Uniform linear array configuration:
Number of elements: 16
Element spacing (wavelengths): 0.5
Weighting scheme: exponential
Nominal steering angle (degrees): -15
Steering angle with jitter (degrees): -14.442
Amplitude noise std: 0.05
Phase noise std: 0.05

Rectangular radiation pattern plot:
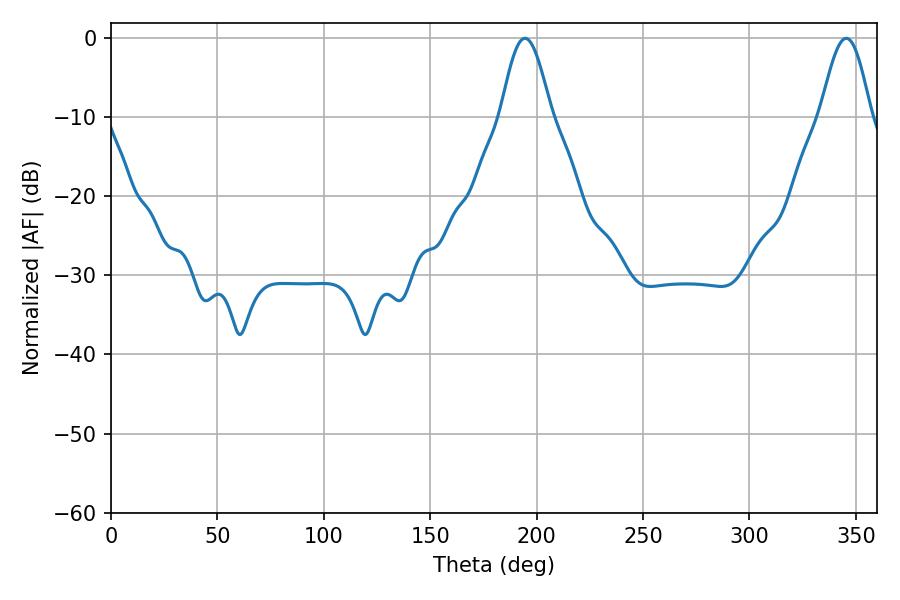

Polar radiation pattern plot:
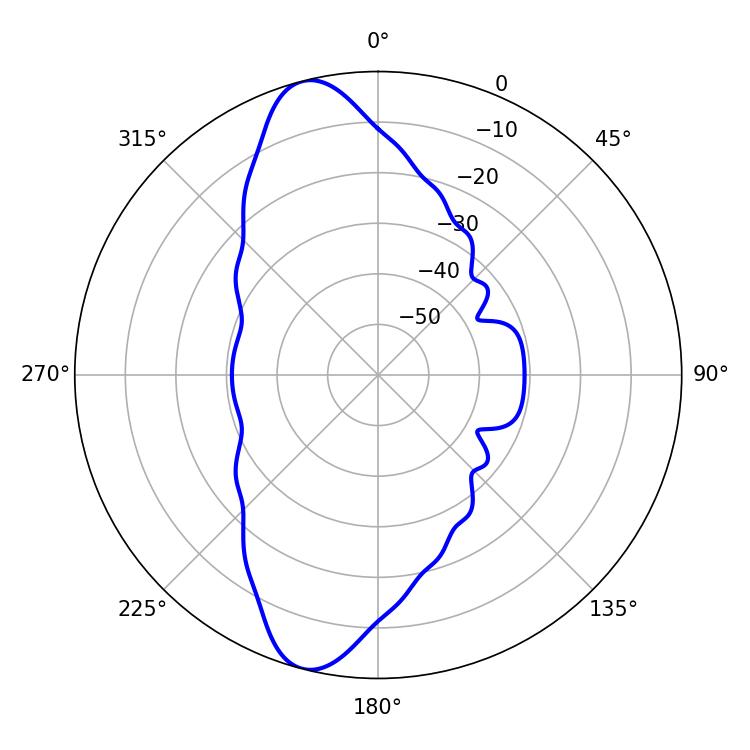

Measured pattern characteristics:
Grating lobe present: FALSE
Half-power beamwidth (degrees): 12.78
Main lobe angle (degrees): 194.58